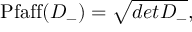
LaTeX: \mathrm { P f a f f } ( { \cal D } _ { - } ) = \sqrt { d e t { \cal D } _ { - } } ,